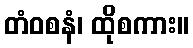
တံဝစနံ၊ ထိုစကား။